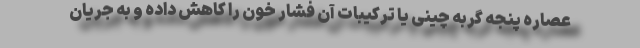
عصاره پنجه گربه چینی یا ترکیبات آن فشار خون را کاهش داده و به جریان